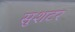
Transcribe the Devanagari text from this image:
सुशटर